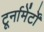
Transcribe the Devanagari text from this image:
टूर्नामेंर्टों